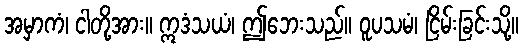
အမှာကံ၊ ငါတို့အား။ ဣဒံသယံ၊ ဤဘေးသည်။ ဝူပသမံ၊ ငြိမ်းခြင်းသို့။